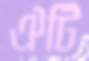
ঐটি